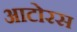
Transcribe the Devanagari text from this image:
आटोरस